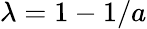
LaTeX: \lambda=1-1/a